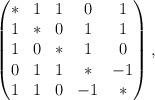
LaTeX: \begin{align*}\begin{pmatrix}* & 1 & 1 & 0 & 1\\1 & * & 0 & 1 & 1\\1 & 0 & * & 1 & 0\\0 & 1 & 1 & * & -1\\1 & 1 & 0 & -1 & *\end{pmatrix},\end{align*}